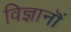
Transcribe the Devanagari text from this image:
विज्ञानॊं